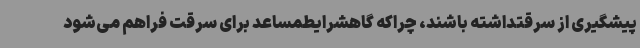
پیشگیری از سرقتداشته باشند، چراکه گاهشرایطمساعد برای سرقت فراهم می‌شود